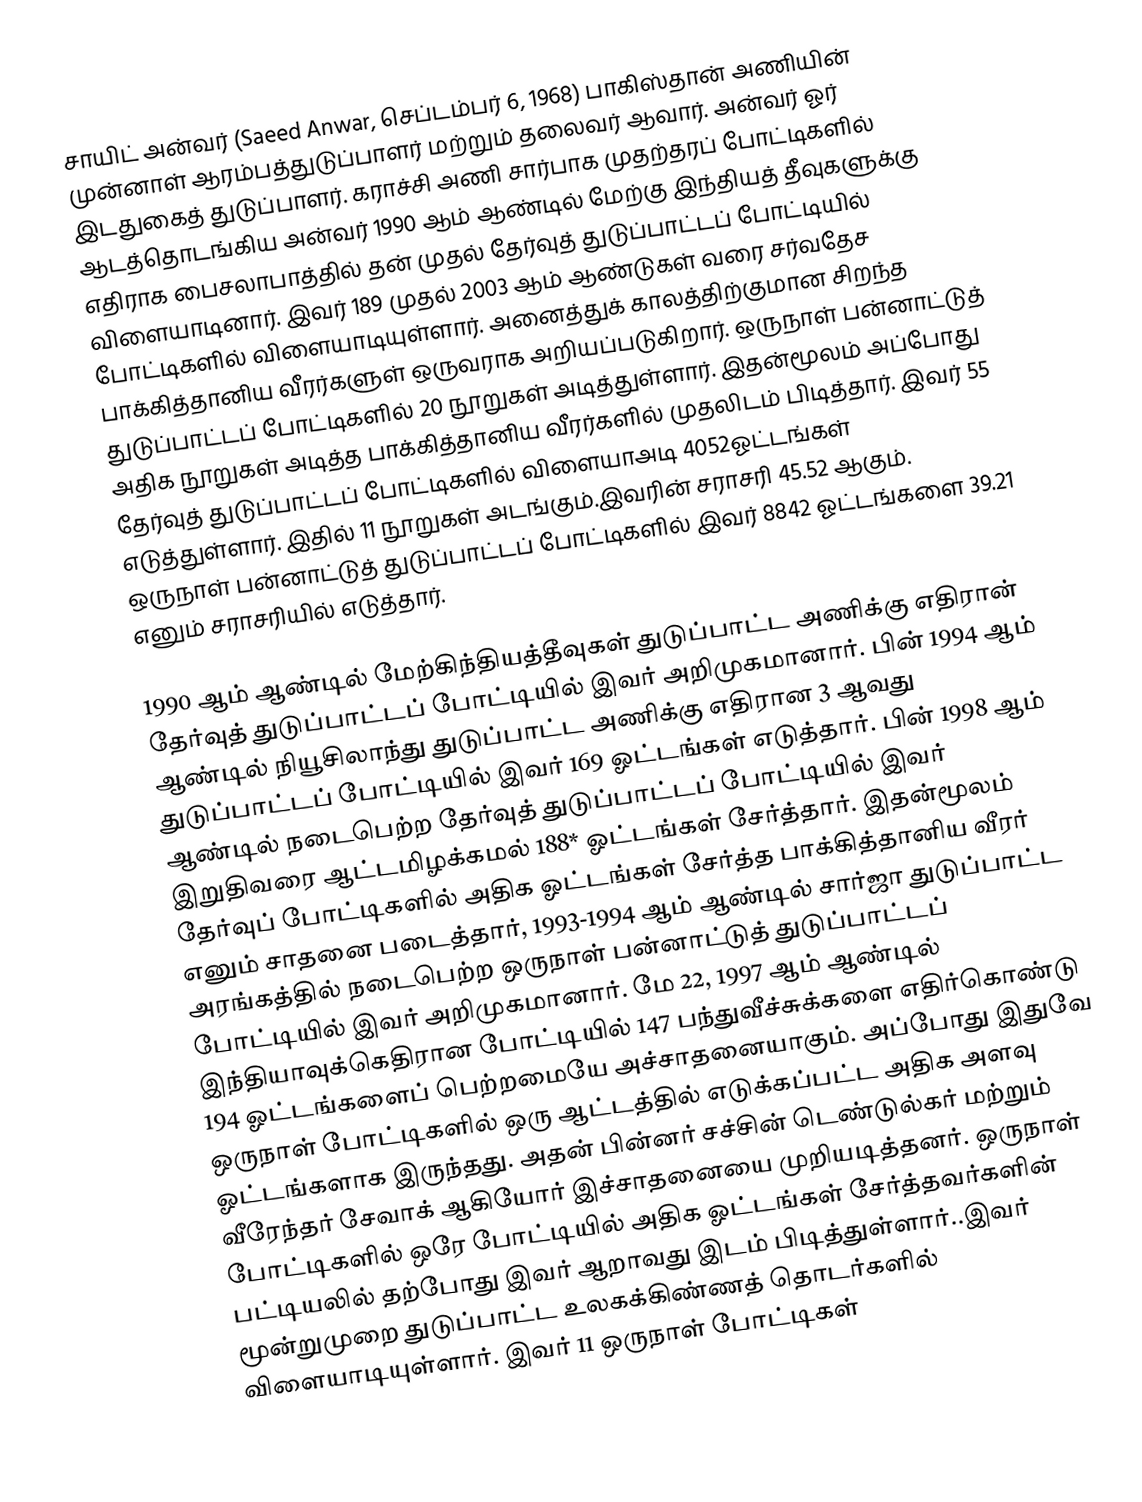
சாயிட் அன்வர் (Saeed Anwar, செப்டம்பர் 6, 1968) பாகிஸ்தான் அணியின் முன்னாள் ஆரம்பத்துடுப்பாளர் மற்றும் தலைவர் ஆவார். அன்வர் ஓர் இடதுகைத் துடுப்பாளர். கராச்சி அணி சார்பாக முதற்தரப் போட்டிகளில் ஆடத்தொடங்கிய அன்வர் 1990 ஆம் ஆண்டில் மேற்கு இந்தியத் தீவுகளுக்கு எதிராக பைசலாபாத்தில் தன் முதல் தேர்வுத் துடுப்பாட்டப் போட்டியில் விளையாடினார். இவர் 189 முதல் 2003 ஆம் ஆண்டுகள் வரை சர்வதேச போட்டிகளில் விளையாடியுள்ளார். அனைத்துக் காலத்திற்குமான சிறந்த பாக்கித்தானிய வீரர்களுள் ஒருவராக அறியப்படுகிறார். ஒருநாள் பன்னாட்டுத் துடுப்பாட்டப் போட்டிகளில் 20 நூறுகள் அடித்துள்ளார். இதன்மூலம் அப்போது அதிக நூறுகள் அடித்த பாக்கித்தானிய வீரர்களில் முதலிடம் பிடித்தார்.  இவர் 55 தேர்வுத் துடுப்பாட்டப் போட்டிகளில் விளையாஅடி 4052ஓட்டங்கள் எடுத்துள்ளார். இதில் 11 நூறுகள் அடங்கும்.இவரின் சராசரி 45.52 ஆகும். ஒருநாள் பன்னாட்டுத் துடுப்பாட்டப் போட்டிகளில் இவர் 8842 ஓட்டங்களை 39.21 எனும் சராசரியில் எடுத்தார்.

1990 ஆம் ஆண்டில் மேற்கிந்தியத்தீவுகள் துடுப்பாட்ட அணிக்கு எதிரான் தேர்வுத் துடுப்பாட்டப் போட்டியில் இவர் அறிமுகமானார். பின் 1994 ஆம் ஆண்டில் நியூசிலாந்து துடுப்பாட்ட அணிக்கு எதிரான 3 ஆவது துடுப்பாட்டப் போட்டியில் இவர் 169 ஓட்டங்கள் எடுத்தார். பின் 1998 ஆம் ஆண்டில் நடைபெற்ற தேர்வுத் துடுப்பாட்டப் போட்டியில் இவர் இறுதிவரை ஆட்டமிழக்கமல் 188* ஓட்டங்கள் சேர்த்தார். இதன்மூலம் தேர்வுப் போட்டிகளில் அதிக ஓட்டங்கள் சேர்த்த பாக்கித்தானிய வீரர் எனும் சாதனை படைத்தார், 1993-1994 ஆம் ஆண்டில் சார்ஜா துடுப்பாட்ட அரங்கத்தில் நடைபெற்ற ஒருநாள் பன்னாட்டுத் துடுப்பாட்டப் போட்டியில் இவர் அறிமுகமானார்.  மே 22, 1997 ஆம் ஆண்டில் இந்தியாவுக்கெதிரான போட்டியில் 147 பந்துவீச்சுக்களை எதிர்கொண்டு 194 ஓட்டங்களைப் பெற்றமையே அச்சாதனையாகும். அப்போது இதுவே ஒருநாள் போட்டிகளில் ஒரு ஆட்டத்தில் எடுக்கப்பட்ட அதிக அளவு ஓட்டங்களாக இருந்தது. அதன் பின்னர் சச்சின் டெண்டுல்கர் மற்றும் வீரேந்தர் சேவாக் ஆகியோர் இச்சாதனையை முறியடித்தனர். ஒருநாள் போட்டிகளில் ஒரே போட்டியில் அதிக ஓட்டங்கள் சேர்த்தவர்களின் பட்டியலில் தற்போது இவர் ஆறாவது இடம் பிடித்துள்ளார்..இவர் மூன்றுமுறை துடுப்பாட்ட உலகக்கிண்ணத் தொடர்களில் விளையாடியுள்ளார். இவர் 11 ஒருநாள் போட்டிகள்